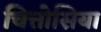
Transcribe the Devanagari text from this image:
चित्तोसिया